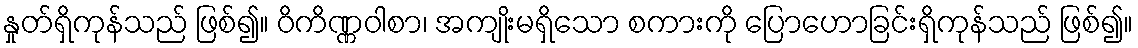
နှုတ်ရှိကုန်သည် ဖြစ်၍။ ဝိကိဏ္ဏဝါစာ၊ အကျိုးမရှိသော စကားကို ပြောဟောခြင်းရှိကုန်သည် ဖြစ်၍။